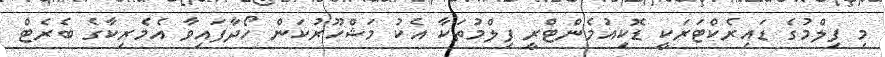
މި ފިލްމުގެ ޑައިރެކްޓަރަކީ ޑޮކިއުމެންޓްރީ ފިލްމުތަކާ އެކު މަޝްހޫރުކަން ހޯދާފައިވާ އެމެރިކާގެ ބެރެޓް